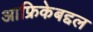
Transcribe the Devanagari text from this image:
आफ्रिकेबद्दल